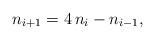
LaTeX: \begin{align*}n_{i+1}=4\,n_i-n_{i-1},\end{align*}